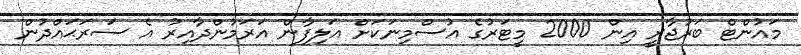
މައުންޓް ބަރުޖާރީ އިން 2000 މީޓަރުގެ އުސްމިނަކަށް އަލިފާން އަރަމުންދާއިރު އެ ސަރަޙައްދުން